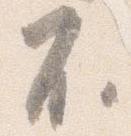
不